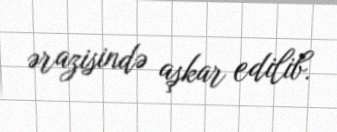
ərazisində aşkar edilib.